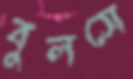
বুলসে